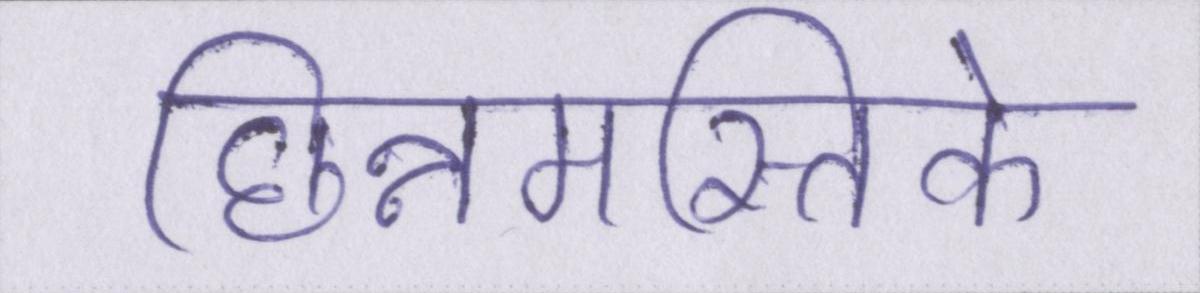
छिन्नमस्तिके